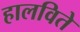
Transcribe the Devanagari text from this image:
हालविते